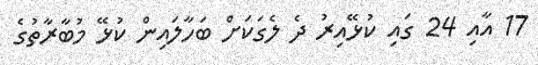
17 އާއި 24 ގައި ކުޅޭއިރު ދެ ލެގަކަށް ބަހާލައިން ކުޅޭ މުބާރާތުގެ